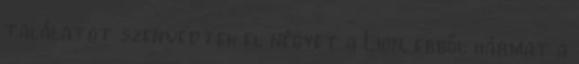
találatot szenvedtek el négyet a Lion, ebből hármat a